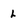
Character: L